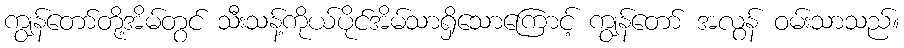
ကျွန်တော်တို့အိမ်တွင် သီးသန့်ကိုယ်ပိုင်အိမ်သာရှိသောကြောင့် ကျွန်တော် အလွန် ဝမ်းသာသည်။